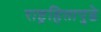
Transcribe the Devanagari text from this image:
राष्ट्रहितापुढे